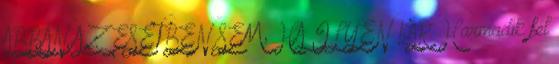
ABBAN AZ ESETBEN SEM, HA ILYEN KÁR Harmadik fél